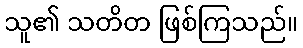
သူ၏ သတိတ ဖြစ်ကြသည်။